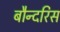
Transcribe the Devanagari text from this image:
बौन्दरिस